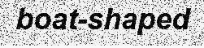
boat-shaped